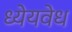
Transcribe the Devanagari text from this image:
ध्येयवेध